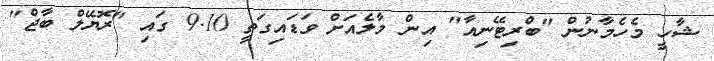
ޝާހީ މެހެމާނުން "ބްރިޓޭނިއާ" އިން މާލެއަށް ވަޑައިގަތީ 9.10 ގައި "ރޮޔޭލް ބާޖް"